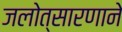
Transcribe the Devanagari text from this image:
जलोत्सारणाने